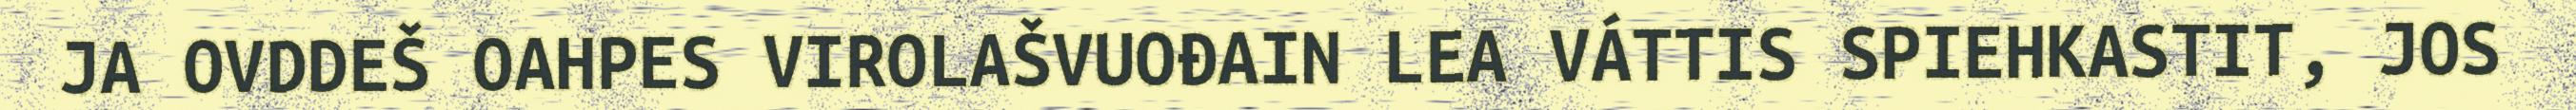
JA OVDDEŠ OAHPES VIROLAŠVUOĐAIN LEA VÁTTIS SPIEHKASTIT, JOS